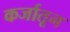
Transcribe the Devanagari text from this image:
कर्जातून